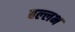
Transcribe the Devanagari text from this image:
बल्‍लभ